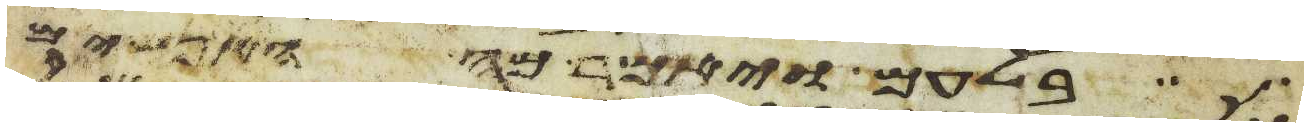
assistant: בלעם ויאמר מה האנשים